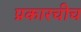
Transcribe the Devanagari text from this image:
प्रकारचीच